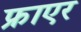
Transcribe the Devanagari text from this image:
फ्राएर